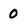
Character: 0